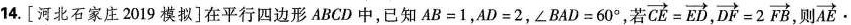
14.[河北石家庄2019模拟]在平行四边形ABCD中，已知$$A B = 1$$，$$A D = 2$$，$$∠ B A D = 6 0 °$$，若 $$\overrightarrow{CE} = \overrightarrow{ED}$$， $$\overrightarrow{DF} = 2 \overrightarrow{FB}$$ ，则 $$\overrightarrow{AE} \cdot$$